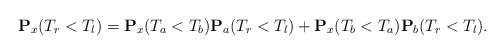
\begin{align*}\mathbf{P}_x(T_r<T_l)=\mathbf{P}_x(T_a<T_b)\mathbf{P}_a(T_r<T_l)+\mathbf{P}_x(T_b<T_a)\mathbf{P}_b(T_r<T_l). \end{align*}